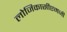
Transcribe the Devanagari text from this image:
लोजिकासीएमजी